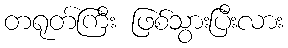
တရုတ်ကြီး ဖြစ်သွားပြီးလား